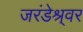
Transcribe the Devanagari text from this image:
जरंडेश्र्वर